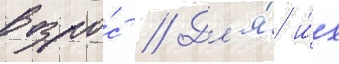
возро́с // Дл'я́ и́х